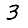
Digit: 3